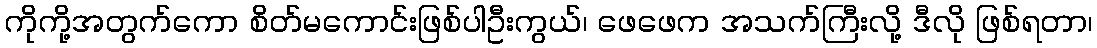
ကိုကို့အတွက်ကော စိတ်မကောင်းဖြစ်ပါဦးကွယ်၊ ဖေဖေက အသက်ကြီးလို့ ဒီလို ဖြစ်ရတာ၊